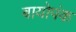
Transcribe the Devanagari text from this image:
बायोपंक